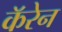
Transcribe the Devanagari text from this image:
कॅरेन